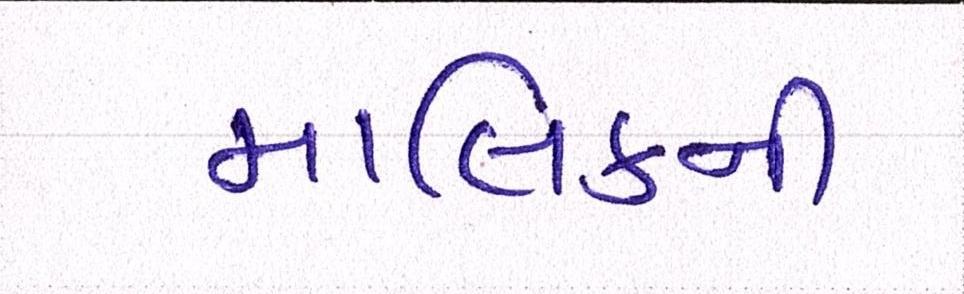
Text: માલિકની